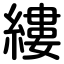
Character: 縷